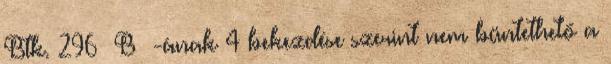
Btk. 296 B §-ának 4 bekezdése szerint nem büntethető a